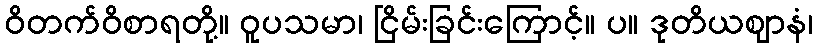
ဝိတက်ဝိစာရတို့။ ဝူပသမာ၊ ငြိမ်းခြင်းကြောင့်။ ပ။ ဒုတိယဈာနံ၊